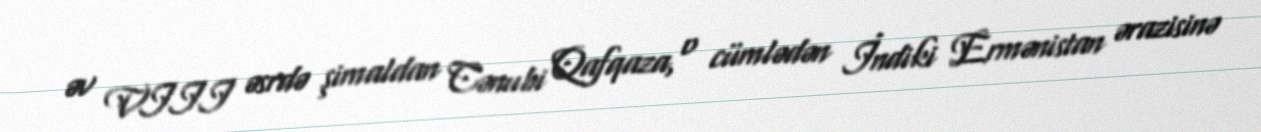
əv VIII əsrdə şimaldan Cənubi Qafqaza, o cümlədən İndiki Ermənistan ərazisinə